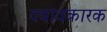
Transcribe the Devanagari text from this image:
दबावकारक